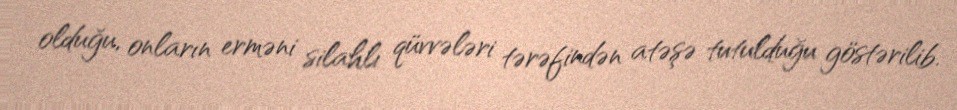
olduğu, onların erməni silahlı qüvvələri tərəfindən atəşə tutulduğu göstərilib.